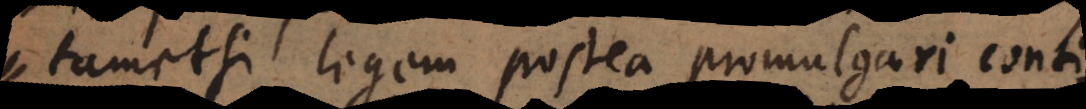
tametsi legem postea promulgari conti